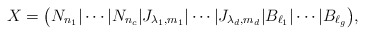
\begin{align*}X=\big(N_{n_1}|\cdots|N_{n_c}|J_{\lambda_1,m_1}|\cdots|J_{\lambda_d,m_d}|B_{\ell_1}|\cdots|B_{\ell_g}\big),\end{align*}